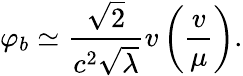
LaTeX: \varphi_{b}\simeq\frac{\sqrt{2}}{c^{2}\sqrt{\lambda}}v\left(\frac{v}{\mu}\right).